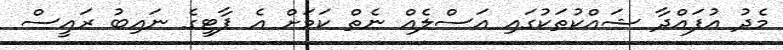
މެދު އުފައްދާ ޝައްކުތަކުގައި އަސްލެއް ނެތް ކަމަށް އެ ޕާޓީގެ ނައިބު ރައީސް